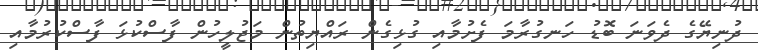
ދުނިޔޭގެ ދެވަނަ ބޮޑު ހަނގުރާމަ ފެށުމާއި ގުޅިގެން ރައްޔިތުން މަޖުލީހުން ފާސްކުޅަ ފާސްކުރުމާއި